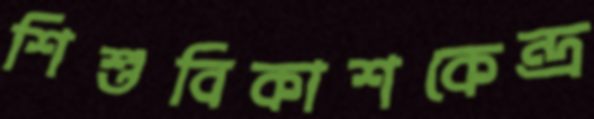
শিশুবিকাশকেন্দ্র